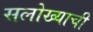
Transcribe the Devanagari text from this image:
सलोख्याची